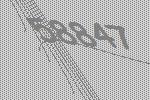
58847